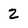
Character: 2